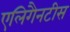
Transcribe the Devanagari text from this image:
एलिगैनटीस